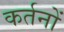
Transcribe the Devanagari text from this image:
कर्तनों